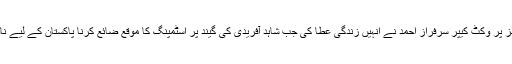
بالکل اسی طرح آج 25 رنز پر وکٹ کیپر سرفراز احمد نے انہیں زندگی عطا کی جب شاہد آفریدی کی گیند پر اسٹمپنگ کا موقع ضائع کرنا پاکستان کے لیے ناقابل تلافی نقصان ثابت ہوا۔